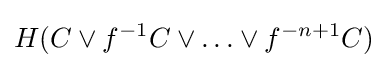
H(C\vee f^{-1}C\vee \ldots \vee f^{-n+1}C)